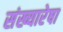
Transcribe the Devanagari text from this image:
संख्यारेषा